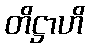
တိဋ္ဌာဟိ